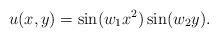
LaTeX: \begin{align*}u(x, y) = \sin(w_1 x^2) \sin(w_2 y).\end{align*}